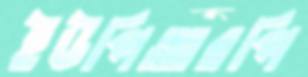
ইউপিআরপি